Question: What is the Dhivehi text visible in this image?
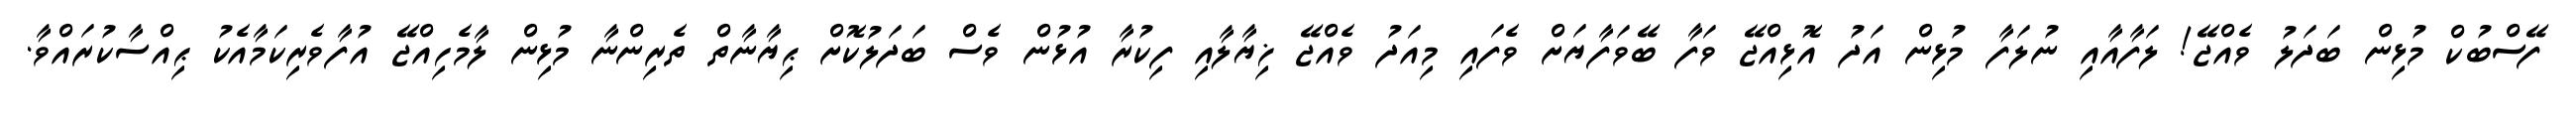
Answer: ފޭސްބުކް މުޅިން ބަދަލު ވެއްޖޭ! ލަފާއާއި ނުލަފާ މުޅިން އަދު އޮޅިއްޖޭ ވަފާ ބޭވަފާޔަށް ވެފައި މިއަދު ވެއްޖޭ ޚިޔާލާއި ފިކުރާ އުޅުން ވެސް ބަދަލުކޮށް ޙިޔާނާތް ތެރިންނާ މުޅިން ލާމެހިއްޖޭ އުފާވެރިކަމާއެކު ޙިއްސާކުރައްވާ.